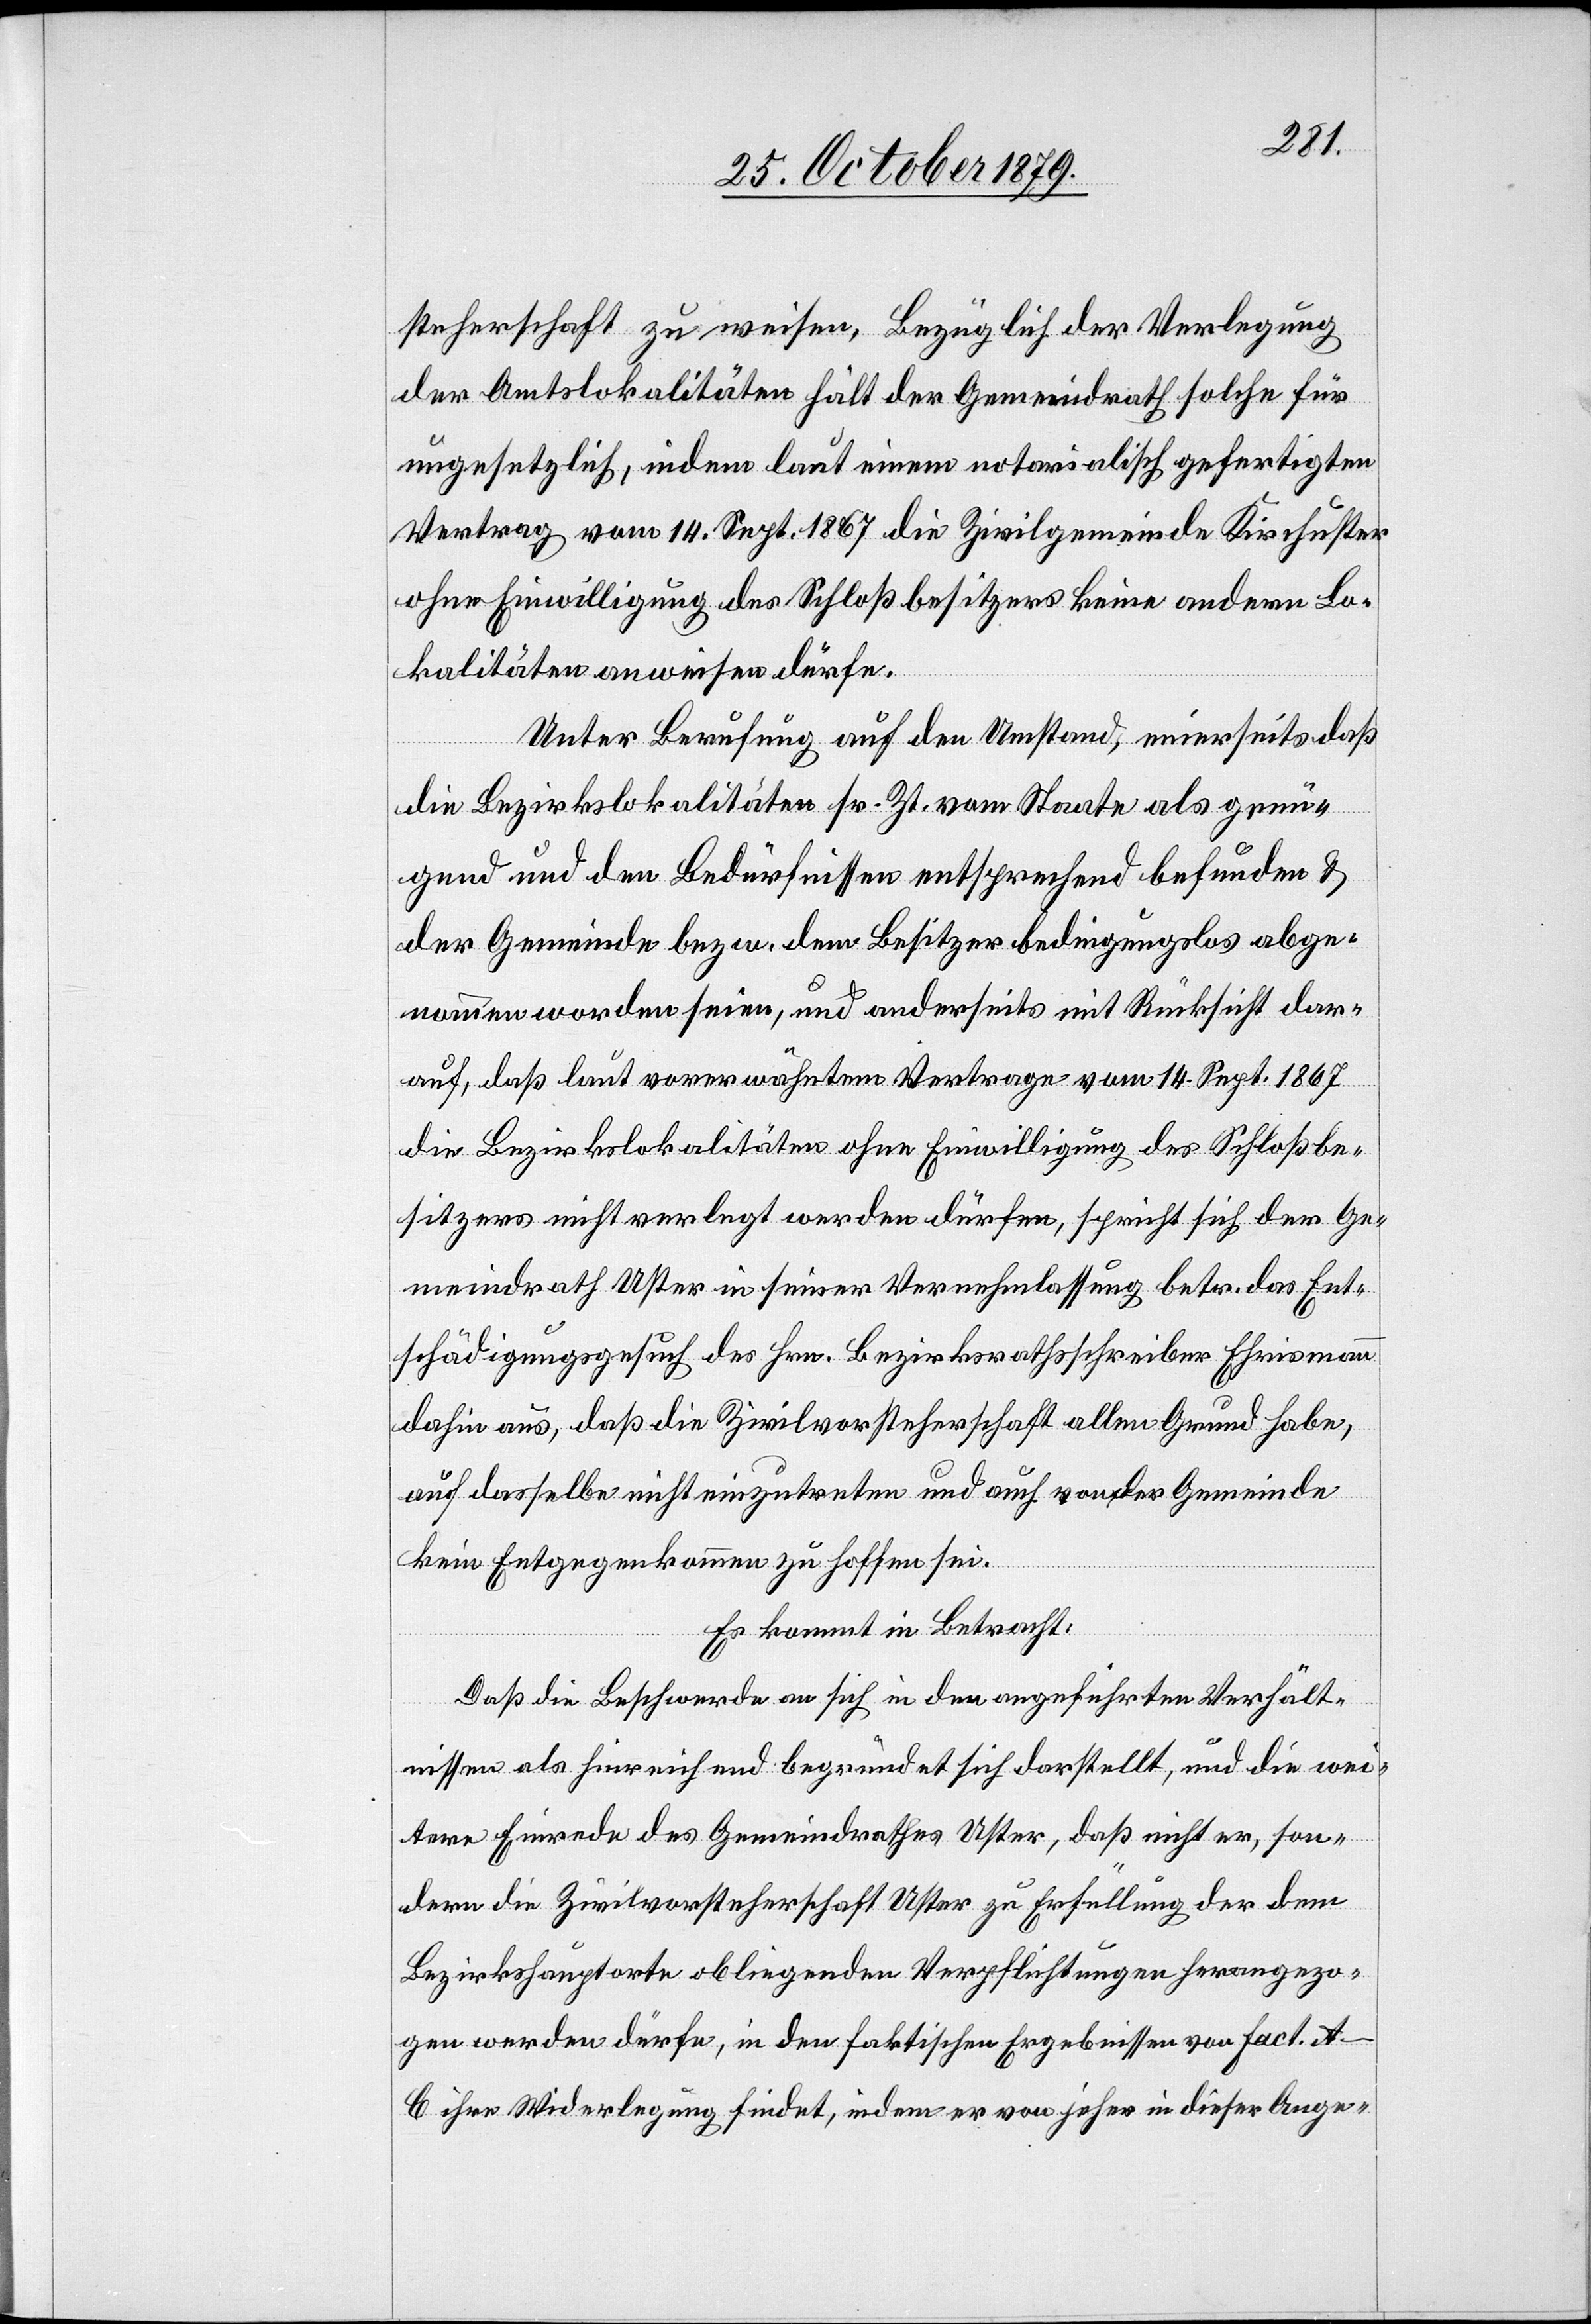
steherschaft zu weisen, bezüglich der Verlegung
der Amtslokalitäten hält der Gemeindrath solche für
ungesetzlich, indem laut einem notarialisch gefertigten
Vertrag vom 14. Sept. 1867 die Zivilgemeinde Kirchuster
ohne Einwilligung des Schloßbesitzers keine andere Lo¬
kalitäten anweisen dürfe.
Unter Berufung auf den Umstand, einerseits daß
die Bezirkslokalitäten sr. Zt. vom Staate als genü¬
gend und den Bedürfnissen entsprechend befunden &
der Gemeinde bezw. dem Besitzer bedingungslos abge¬
nommen worden seien, und anderseits mit Rücksicht dar¬
auf, daß laut vorerwähntem Vertrage vom 14. Sept. 1867
die Bezirkslokalitäten ohne Einwilligung des Schloßbe¬
sitzers nicht verlegt werden dürfen, spricht sich der Ge¬
meindrath Uster in seiner Vernehmlassung betr. das Ent¬
schädigungsgesuch des Hrn. Bezirksrathschreiber Ehrismann
dahin aus, daß die Zivilvorsteherschaft allen Grund habe,
auf dasselbe nicht einzutreten und auch von der Gemeinde
kein Entgegenkommen zu hoffen sei.
Es kommt in Betracht:
Daß die Beschwerde an sich den angeführten Verhält¬
nissen als hinreichend und begründet sich darstellt, und die wei¬
tere Einrede des Gemeindrathes Uster, daß nicht er, son¬
dern die Zivilvorsteherschaft Uster zu Erfüllung der dem
Bezirkshauptorte obliegenden Verpflichtungen herangezo¬
gen werden dürfe, in den faktischen Ergebnissen von Fact. A–B
ihre Widerlegung findet, indem er von jeher in dieser Ange-